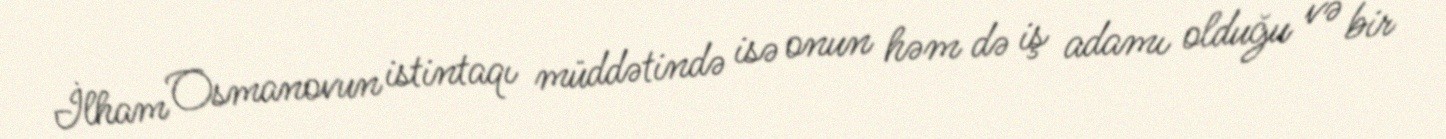
İlham Osmanovun istintaqı müddətində isə onun həm də iş adamı olduğu və bir